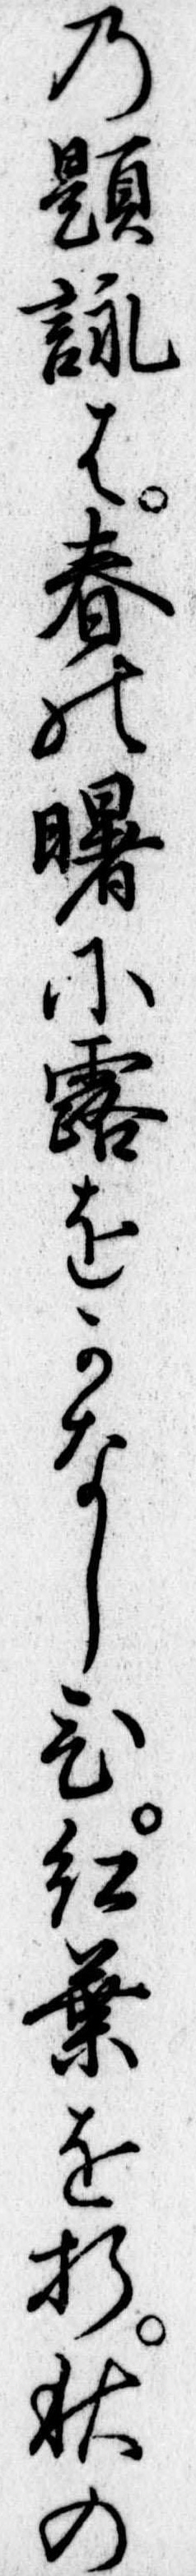
の題詠は春の曙に露をかなしひ紅葉を折秋の